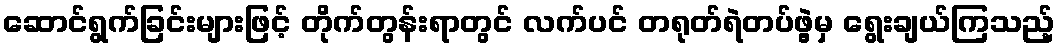
ဆောင်ရွက်ခြင်းများဖြင့် တိုက်တွန်းရာတွင် လက်ပင် တရုတ်ရဲတပ်ဖွဲ့မှ ရွေးချယ်ကြသည့်